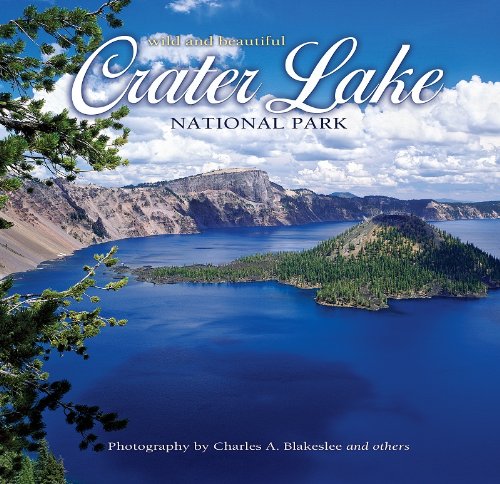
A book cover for Crater Lake National Park Wild and Beautiful; photography by Charles A. Blakeslee; Travel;